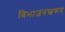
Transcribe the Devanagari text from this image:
विभाजनस्वरूप